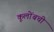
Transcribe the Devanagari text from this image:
कूलोंबची